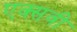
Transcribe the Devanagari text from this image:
एक्सवी